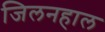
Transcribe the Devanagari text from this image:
जिलनहाल